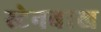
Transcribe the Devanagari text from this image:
स्टेनबाख